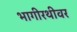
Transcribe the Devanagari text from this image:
भागीरथीवर